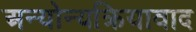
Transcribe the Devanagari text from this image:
अन्योन्यक्रियावाद